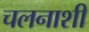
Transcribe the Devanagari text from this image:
चलनाशी